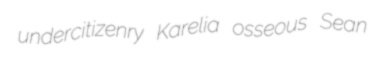
undercitizenry Karelia osseous Sean